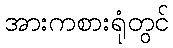
အားကစားရုံတွင်